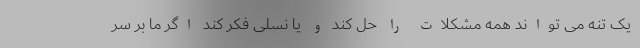
یک تنه می تواند همه مشکلات را حل کند و یا نسلی فکر کند اگر ما بر سر